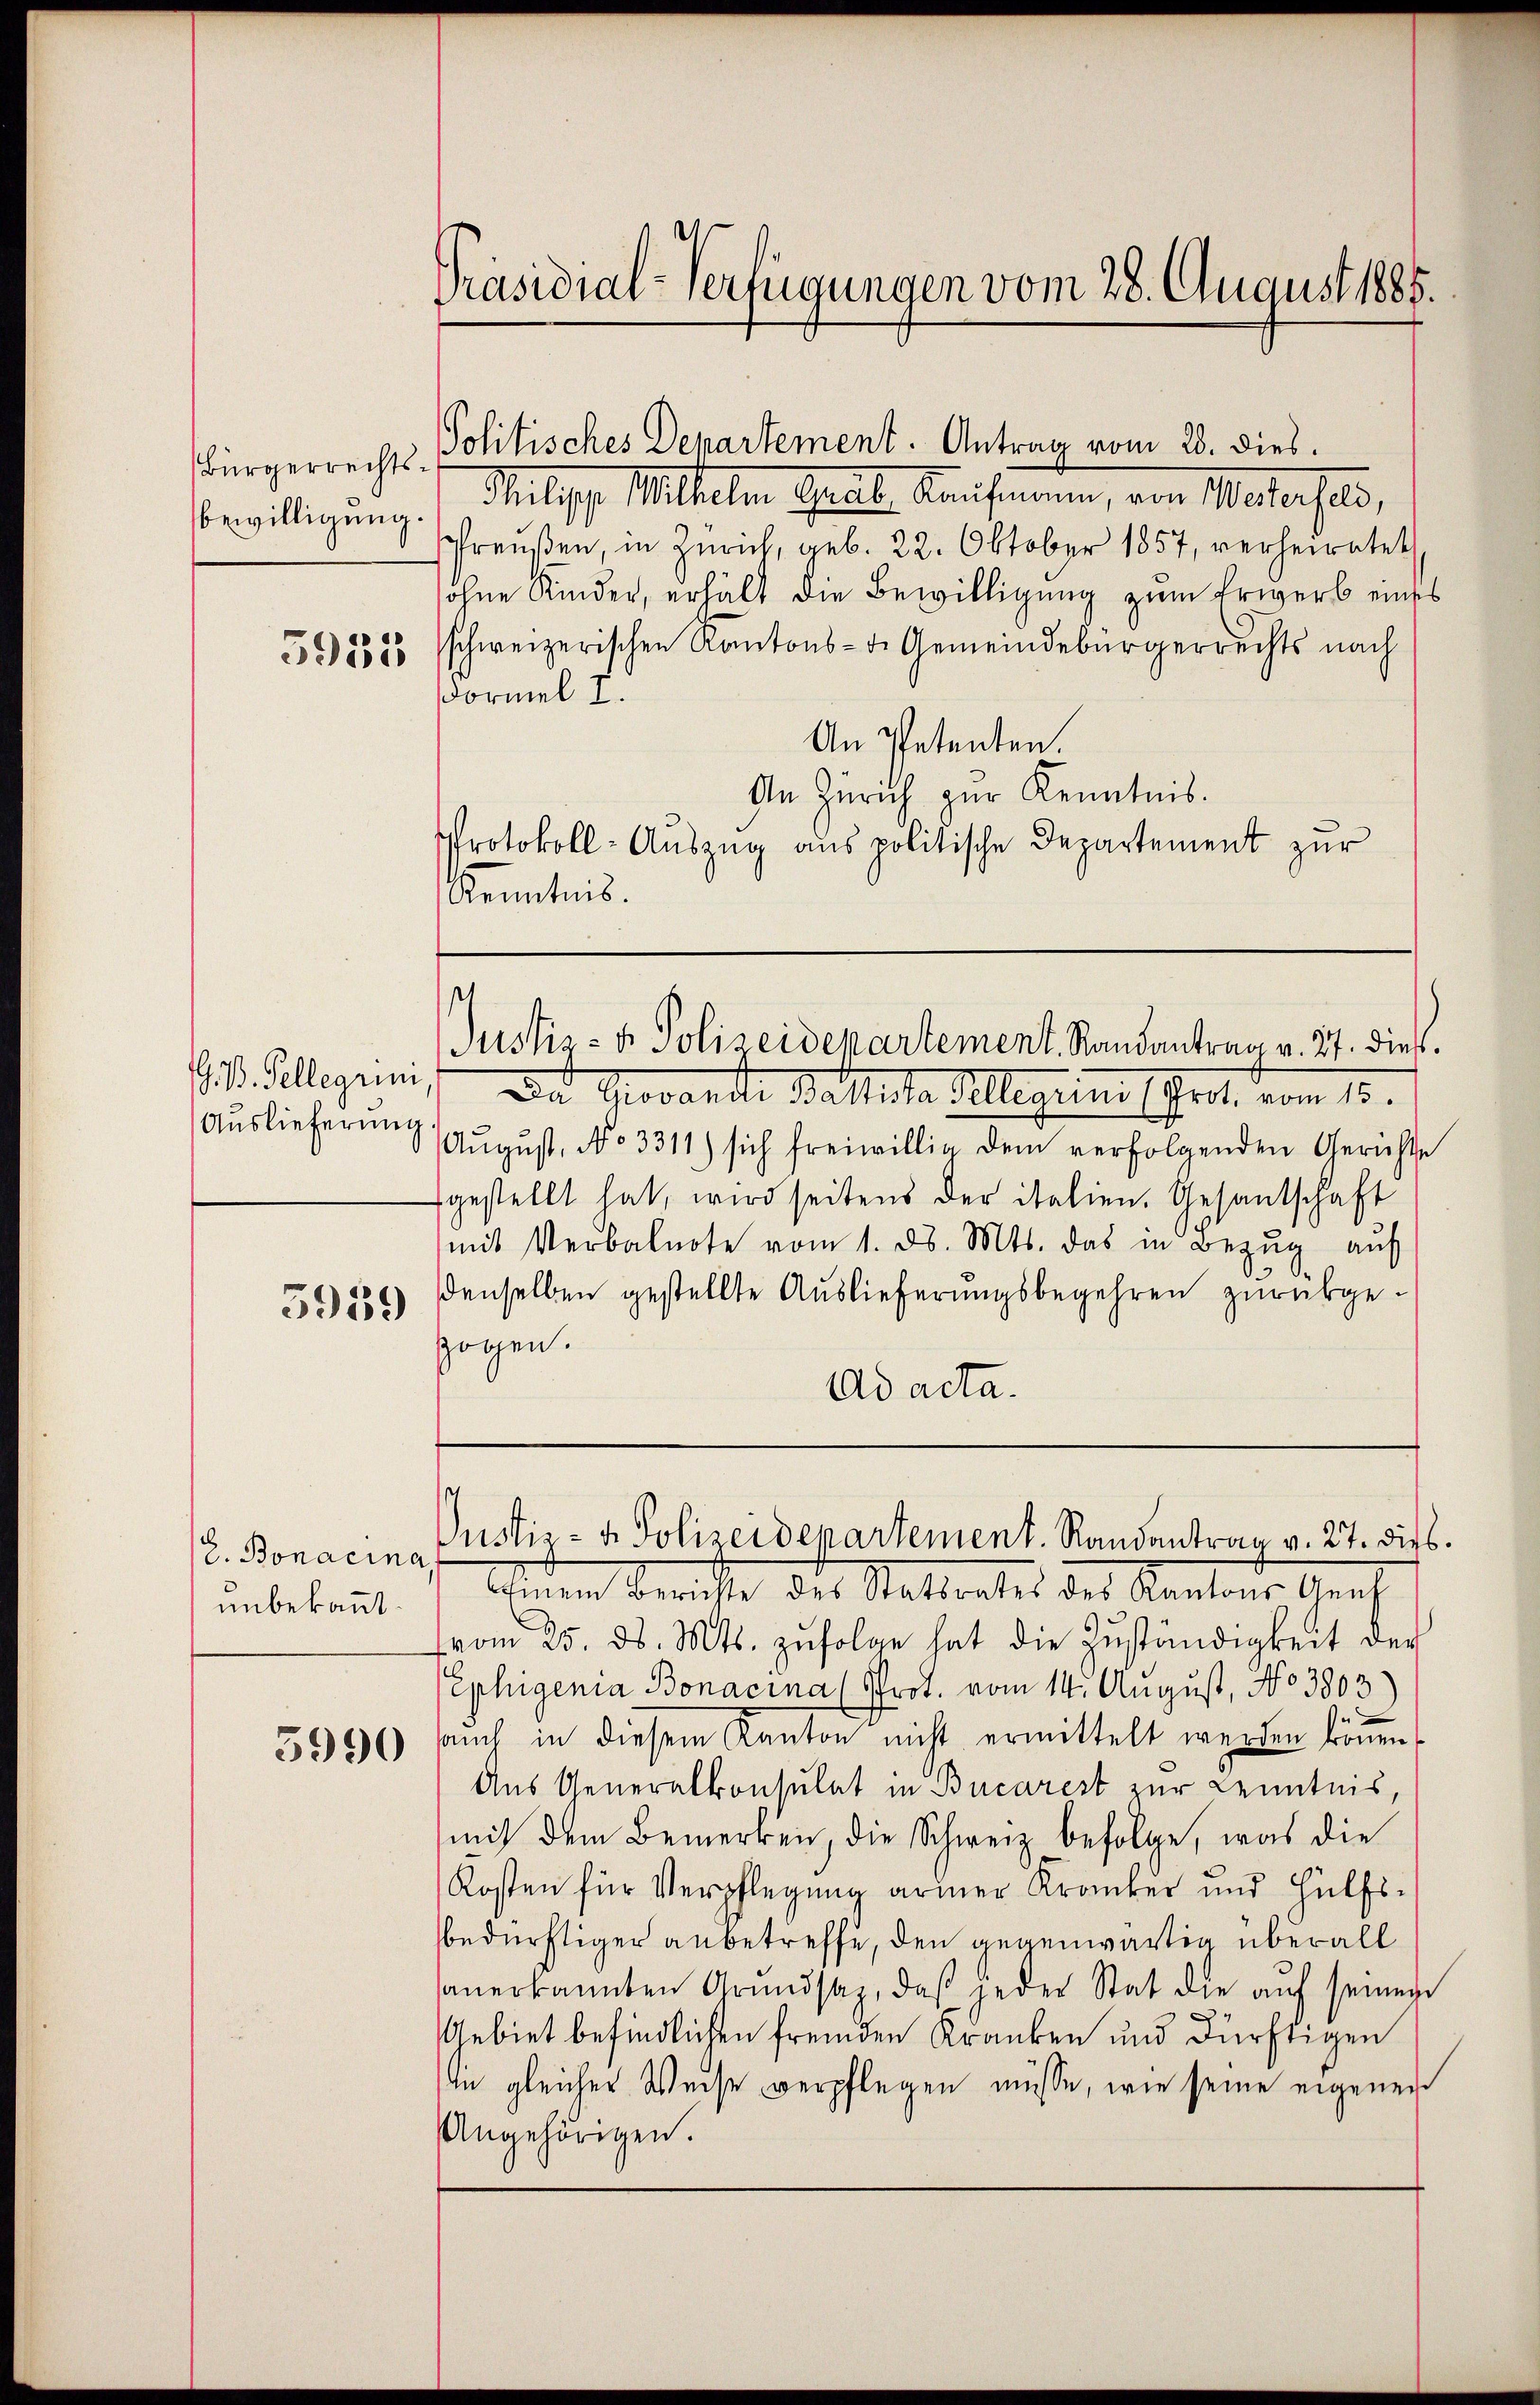
Bürgerrechtsbewilligung.

5955

Auslieferung

3959

. Bonacina
unbekannt.

5990

Präsidial-Verfügungen vom 28. August 1885.

Politisches Departement. Antrag vom 28. dies.
Philipp Mithelm Grat Kaufmann, von Wederfeld,
Preußen, in Zürich, geb. 22. Oktober 1857, verheiratet
ohne Kinder, erhält die Bewilligung zum Erwerb eines
schweizerischen Kantons- u. Gemeindebürgerrechts nach
Formel I.
An Petenten.
An Zürich zur Kenntnis.
Protokoll-Aŭszŭg aŭs politische Departement zŭr
Kenntnis.

st
Justiz- & Polizeidepartement. Randantrag v. 27. dieß.

. V. Pellegiini, Da Giovandte Baltesta Kellergrini (Prot. vom 15.
Aŭgŭst. No 3311) sich freiwillig dem verfolgenden Gerichte
fgestellt hat, wird seitens der italien. Gesandschaft
mit Verbalnote vom 1. ds. Mts. das in Bezŭg aŭf
denselben gestellte Auslieferungsbegehren zurückgezogen.
Ad acta.

Justiz- & Polizeidepartement. Randantrag v. 27. die
Einem Berichte des Statsrates des Kantons Genf
vom 25. ds. Mts. zŭfolge hat die Zŭständigkeit der
Ephigenia Bonacina (Prot. vom 14. August, No 3803)
sauch in diesem Kanton nicht ermittelt werden können
Aus Generalkonsulat in Bucarest zur Kenntnis,
mit dem Bemerken, die Schweiz befolge, was die
Kosten für Verpflegung armer Kranker und Hülfsbedürftiger anbetreffe, den gegenwärtig überall
anerkannten Grundsaz, daβ jeder Stat die aŭf seinen
Gebiet befindlichen fremden Kranken und dürftigen
In gleicher Weise verpflegen müsse, wie seine eigenen
Angehörigen.